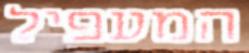
המעפיל